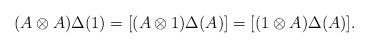
LaTeX: \begin{align*}(A\otimes A)\Delta(1) = [(A\otimes 1)\Delta(A)] = [(1\otimes A)\Delta(A)].\end{align*}